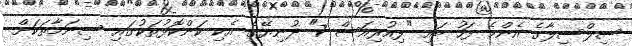
ސިލްސިލާގެ އެންމެ ފަހު ބައި "ފިއުރިއަސް 7" ދުނިޔޭގެ އެކި ކަންކޮޅުތަކުގައި ސިނަމާތަކަށް